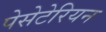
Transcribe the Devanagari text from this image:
पेसेटेरियन